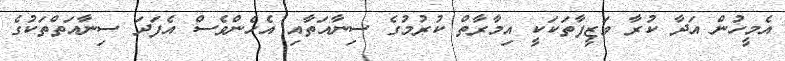
އެމީހުން އަދާ ކުރާ ވަޒީފާތަކަކީ އިމާރާތް ކުރުމުގެ ސިނާއަތާއި އެހެންވެސް އެފަދަ ސިނާއަތްތަކުގެ